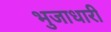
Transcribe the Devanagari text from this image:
भुजाधारी